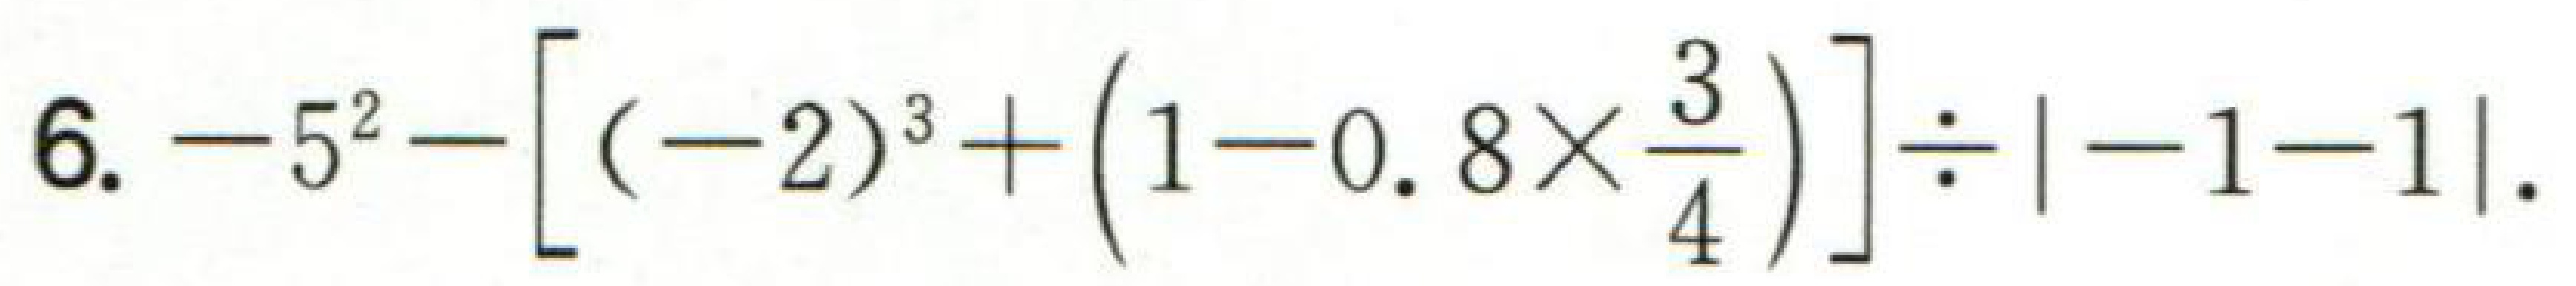
$6. -5^{2}-[(-2)^{3}+(1 - 0.8\times\frac{3}{4})]\div|-1 - 1|.$